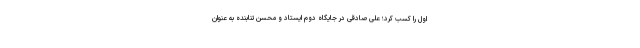
اول را کسب کرد؛ علی صادقی در جایگاه دوم ایستاد و محسن تنابنده به عنوان